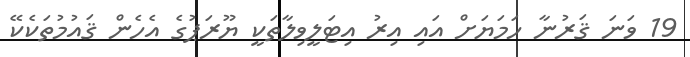
19 ވަނަ ޤަރުނާ ހަމަޔަށް އައި އިރު އިޓަލީވިލާތަކީ ޔޫރަޕުގެ އެހެން ޤައުމުތަކެކޭ